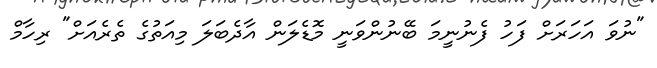
"ނުވަ އަހަރަށް ފަހު ފެނުނީމަ ބޭނުންވަނީ މޮޑެލަން އާދެބަލަ މިއަތުގެ ތެރެއަށް" ރިހާމް